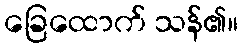
ခြေထောက် သန်၏။